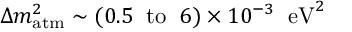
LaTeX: \Delta m _ { \mathrm { a t m } } ^ { 2 } \sim ( 0 . 5 \; \; \mathrm { t o } \; \; 6 ) \times 1 0 ^ { - 3 } \; \; \mathrm { e V } ^ { 2 }